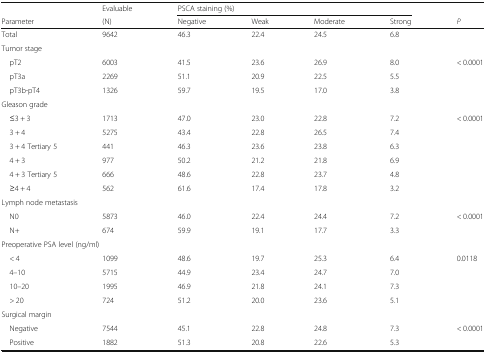
<table><thead><tr><td></td><td><b>Evaluable</b></td><td colspan="4"><b>PSCA staining (%)</b></td><td></td></tr><tr><td><b>Parameter</b></td><td><b>(N)</b></td><td><b>Negative</b></td><td><b>Weak</b></td><td><b>Moderate</b></td><td><b>Strong</b></td><td><b><i>P</i></b></td></tr></thead><tbody><tr><td>Total</td><td>9642</td><td>46.3</td><td>22.4</td><td>24.5</td><td>6.8</td><td></td></tr><tr><td colspan="7">Tumor stage</td></tr><tr><td> pT2</td><td>6003</td><td>41.5</td><td>23.6</td><td>26.9</td><td>8.0</td><td rowspan="3">&lt; 0.0001</td></tr><tr><td> pT3a</td><td>2269</td><td>51.1</td><td>20.9</td><td>22.5</td><td>5.5</td></tr><tr><td> pT3b-pT4</td><td>1326</td><td>59.7</td><td>19.5</td><td>17.0</td><td>3.8</td></tr><tr><td colspan="7">Gleason grade</td></tr><tr><td> ≤3 + 3</td><td>1713</td><td>47.0</td><td>23.0</td><td>22.8</td><td>7.2</td><td rowspan="6">&lt; 0.0001</td></tr><tr><td> 3 + 4</td><td>5275</td><td>43.4</td><td>22.8</td><td>26.5</td><td>7.4</td></tr><tr><td> 3 + 4 Tertiary 5</td><td>441</td><td>46.3</td><td>23.6</td><td>23.8</td><td>6.3</td></tr><tr><td> 4 + 3</td><td>977</td><td>50.2</td><td>21.2</td><td>21.8</td><td>6.9</td></tr><tr><td> 4 + 3 Tertiary 5</td><td>666</td><td>48.6</td><td>22.8</td><td>23.7</td><td>4.8</td></tr><tr><td> ≥4 + 4</td><td>562</td><td>61.6</td><td>17.4</td><td>17.8</td><td>3.2</td></tr><tr><td colspan="7">Lymph node metastasis</td></tr><tr><td> N0</td><td>5873</td><td>46.0</td><td>22.4</td><td>24.4</td><td>7.2</td><td rowspan="2">&lt; 0.0001</td></tr><tr><td> N+</td><td>674</td><td>59.9</td><td>19.1</td><td>17.7</td><td>3.3</td></tr><tr><td colspan="7">Preoperative PSA level (ng/ml)</td></tr><tr><td> &lt; 4</td><td>1099</td><td>48.6</td><td>19.7</td><td>25.3</td><td>6.4</td><td rowspan="4">0.0118</td></tr><tr><td> 4–10</td><td>5715</td><td>44.9</td><td>23.4</td><td>24.7</td><td>7.0</td></tr><tr><td> 10–20</td><td>1995</td><td>46.9</td><td>21.8</td><td>24.1</td><td>7.3</td></tr><tr><td> &gt; 20</td><td>724</td><td>51.2</td><td>20.0</td><td>23.6</td><td>5.1</td></tr><tr><td colspan="7">Surgical margin</td></tr><tr><td> Negative</td><td>7544</td><td>45.1</td><td>22.8</td><td>24.8</td><td>7.3</td><td rowspan="2">&lt; 0.0001</td></tr><tr><td> Positive</td><td>1882</td><td>51.3</td><td>20.8</td><td>22.6</td><td>5.3</td></tr></tbody></table>